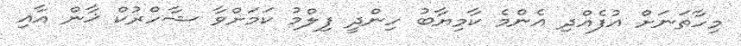
މިހާތަނަށް އުފެއްދި އެންމެ ކާމިޔާބު ހިންދީ ފިލްމު ކަމަށްވާ ޝާހްރުކް ޚާން އާއި